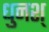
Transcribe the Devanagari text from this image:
धुनश्